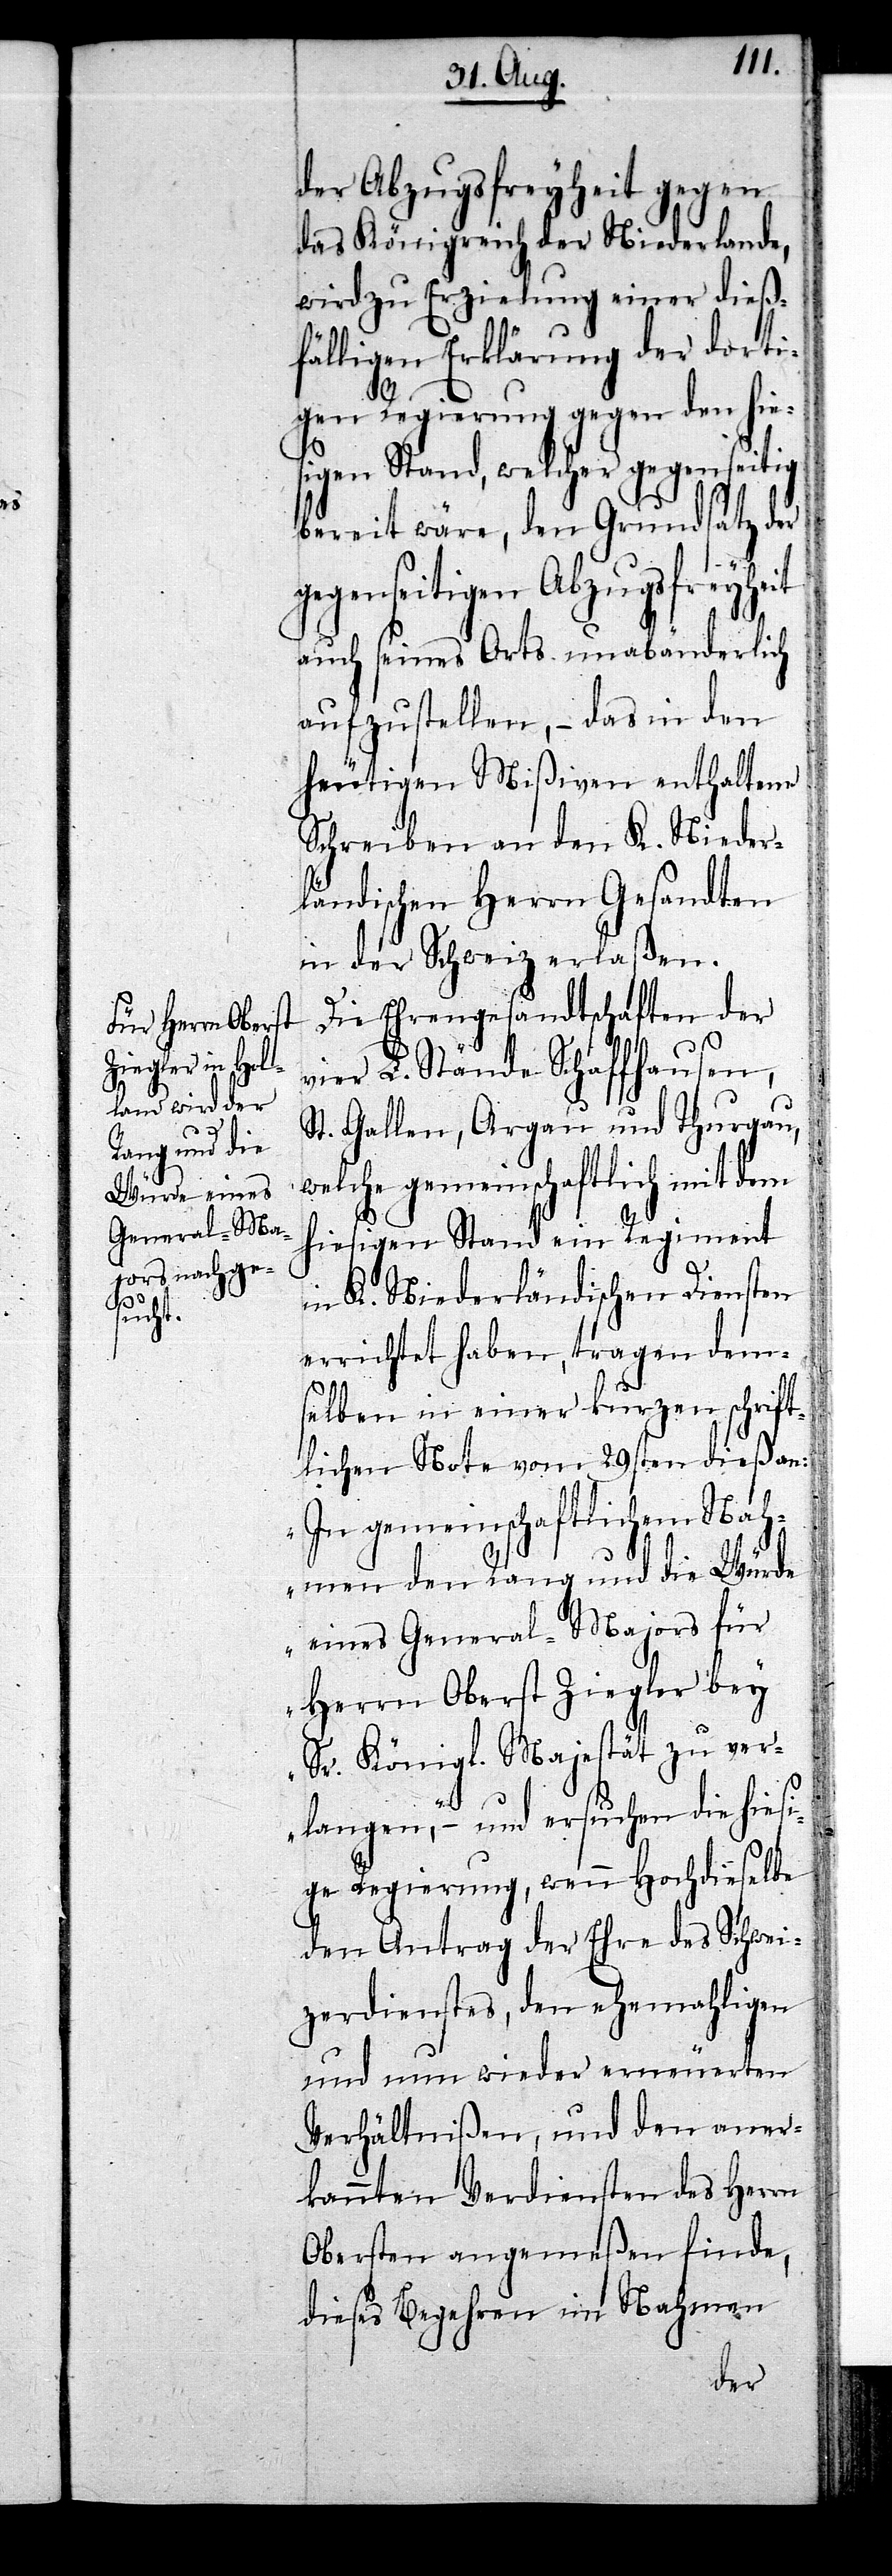
der Abzugsfreyheit gegen
das Königreich der Niederlande,
wird zu Erzielung einer dieß¬
fälligen Erklärung der dorti¬
gen Regierung gegen den hie¬
sigen Stand, welcher gegenseitig
bereit wäre, den Grundsatz der
gegenseitigen Abzugsfreyheit
auch seines Orts unabänderlich
aufzustellen, – das in den
heutigen Mißiven enthaltene
Schreiben an den K. Nieder¬
ländischen Herrn Gesandten
in der Schweiz erlaßen.
Die Ehrengesandtschaften der
vier L. Stände Schaffhausen,
St. Gallen, Argau und Thurgau,
welche gemeinschaftlich mit dem
hiesigen Stand ein Regiment
in K. Niederländischen Diensten
errichtet haben, tragen dem¬
selben in einer kurzen schrift¬
lichen Note vom 29sten dieß an:
„In gemeinschaftlichem Nah¬
men den Rang und die Würde
eines General-Majors für
Herrn Oberst Ziegler bey
Sr. Königl. Majestät zu ver¬
langen,“ – und ersuchen die hiesi¬
ge Regierung, wenn Hochdieselbe
den Antrag der Ehre des Schwei¬
zerdienstes, den ehemahligen
und nun wieder erneuerten
Verhältnißen, und den aner¬
kannten Verdiensten des Herrn
Obersten angemeßen finde,
dieses Begehren im Nahmen